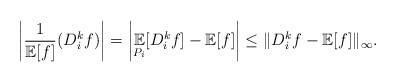
LaTeX: \begin{align*}\left |\frac{1}{\mathbb{E}[f]}(D^k_if)\right |= \left |\underset{P_i}{\mathbb{E}}[D^k_i f] - \mathbb{E}[f] \right | \leq \|D^k_if - \mathbb{E}[f]\|_{\infty}.\end{align*}